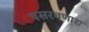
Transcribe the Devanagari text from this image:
पसरवणारा